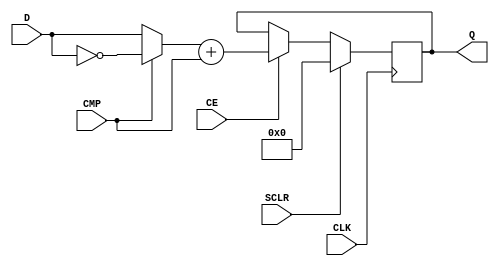
//
//						tc8s.v - 16-bit true/complement logic
//
//					(C) Copyright 2004-2010 John B. Stephensen
//
// This Verilog source file and all its derivatives are licensed only for
// personal non-profit educational use in the Amateur Radio Service and
// the license is not transferrable. The information is provided as-is for
// experimental purposes and the author does not warranty its freedom
// from defects or its suitability for any specific application.
//
// 8 LUTs and 8 registers used. Infer adder/subtractor for Spartan-6.
//
module tc8s (
    input [7:0] D,
    input CMP,
    output [7:0] Q,
	 input CE,
	 input CLK,
	 input SCLR
    );
// internal signals
reg [7:0] s;
always @ (posedge CLK)
begin
	if (SCLR) s <= 0;
	else if (CE) s <= (CMP ? ~D : D) + CMP;
end
assign Q = s;
endmodule